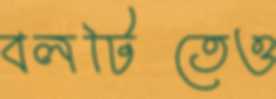
বলটিতেও